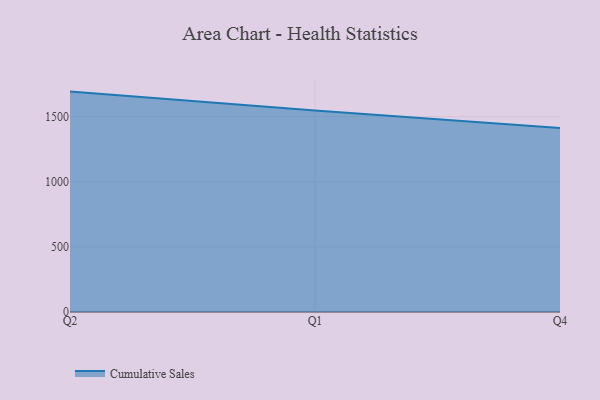
{"axis": {"x": "Quarter", "y": "Latency (ms)"}, "legend": ["Cumulative Sales"], "data": [{"x": "Q2", "y": 1692.4, "type": "Cumulative Sales"}, {"x": "Q1", "y": 1547.0, "type": "Cumulative Sales"}, {"x": "Q4", "y": 1412.2, "type": "Cumulative Sales"}]}